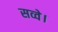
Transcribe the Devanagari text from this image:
सव्वे।